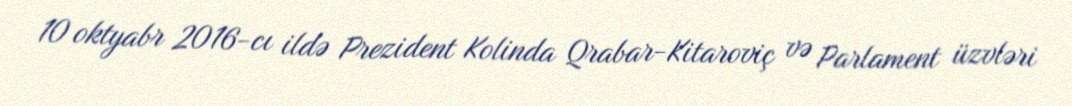
10 oktyabr 2016-cı ildə Prezident Kolinda Qrabar-Kitaroviç və Parlament üzvləri